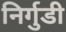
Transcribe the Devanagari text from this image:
निर्गुडी